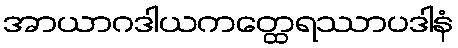
အာယာဂဒါယကတ္ထေရဿာပဒါနံ